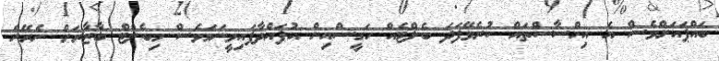
ބައްޕައަށްވެސް އެ އިހްސާސްތައް ކުރެވޭފަދަ ބެލްޓެއް ހަގީސްއިން އުފައްދާފައިވީނަމަވެސް މިބެލްޓް ބާޒާރަށް ނެރޭނެ